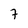
Character: 7